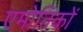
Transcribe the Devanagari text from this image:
एमोतिकों